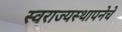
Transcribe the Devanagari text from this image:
स्वराज्यस्थापनेचे